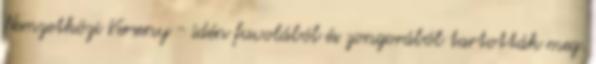
Nemzetközi Verseny - idén fuvolából és zongorából tartották meg.